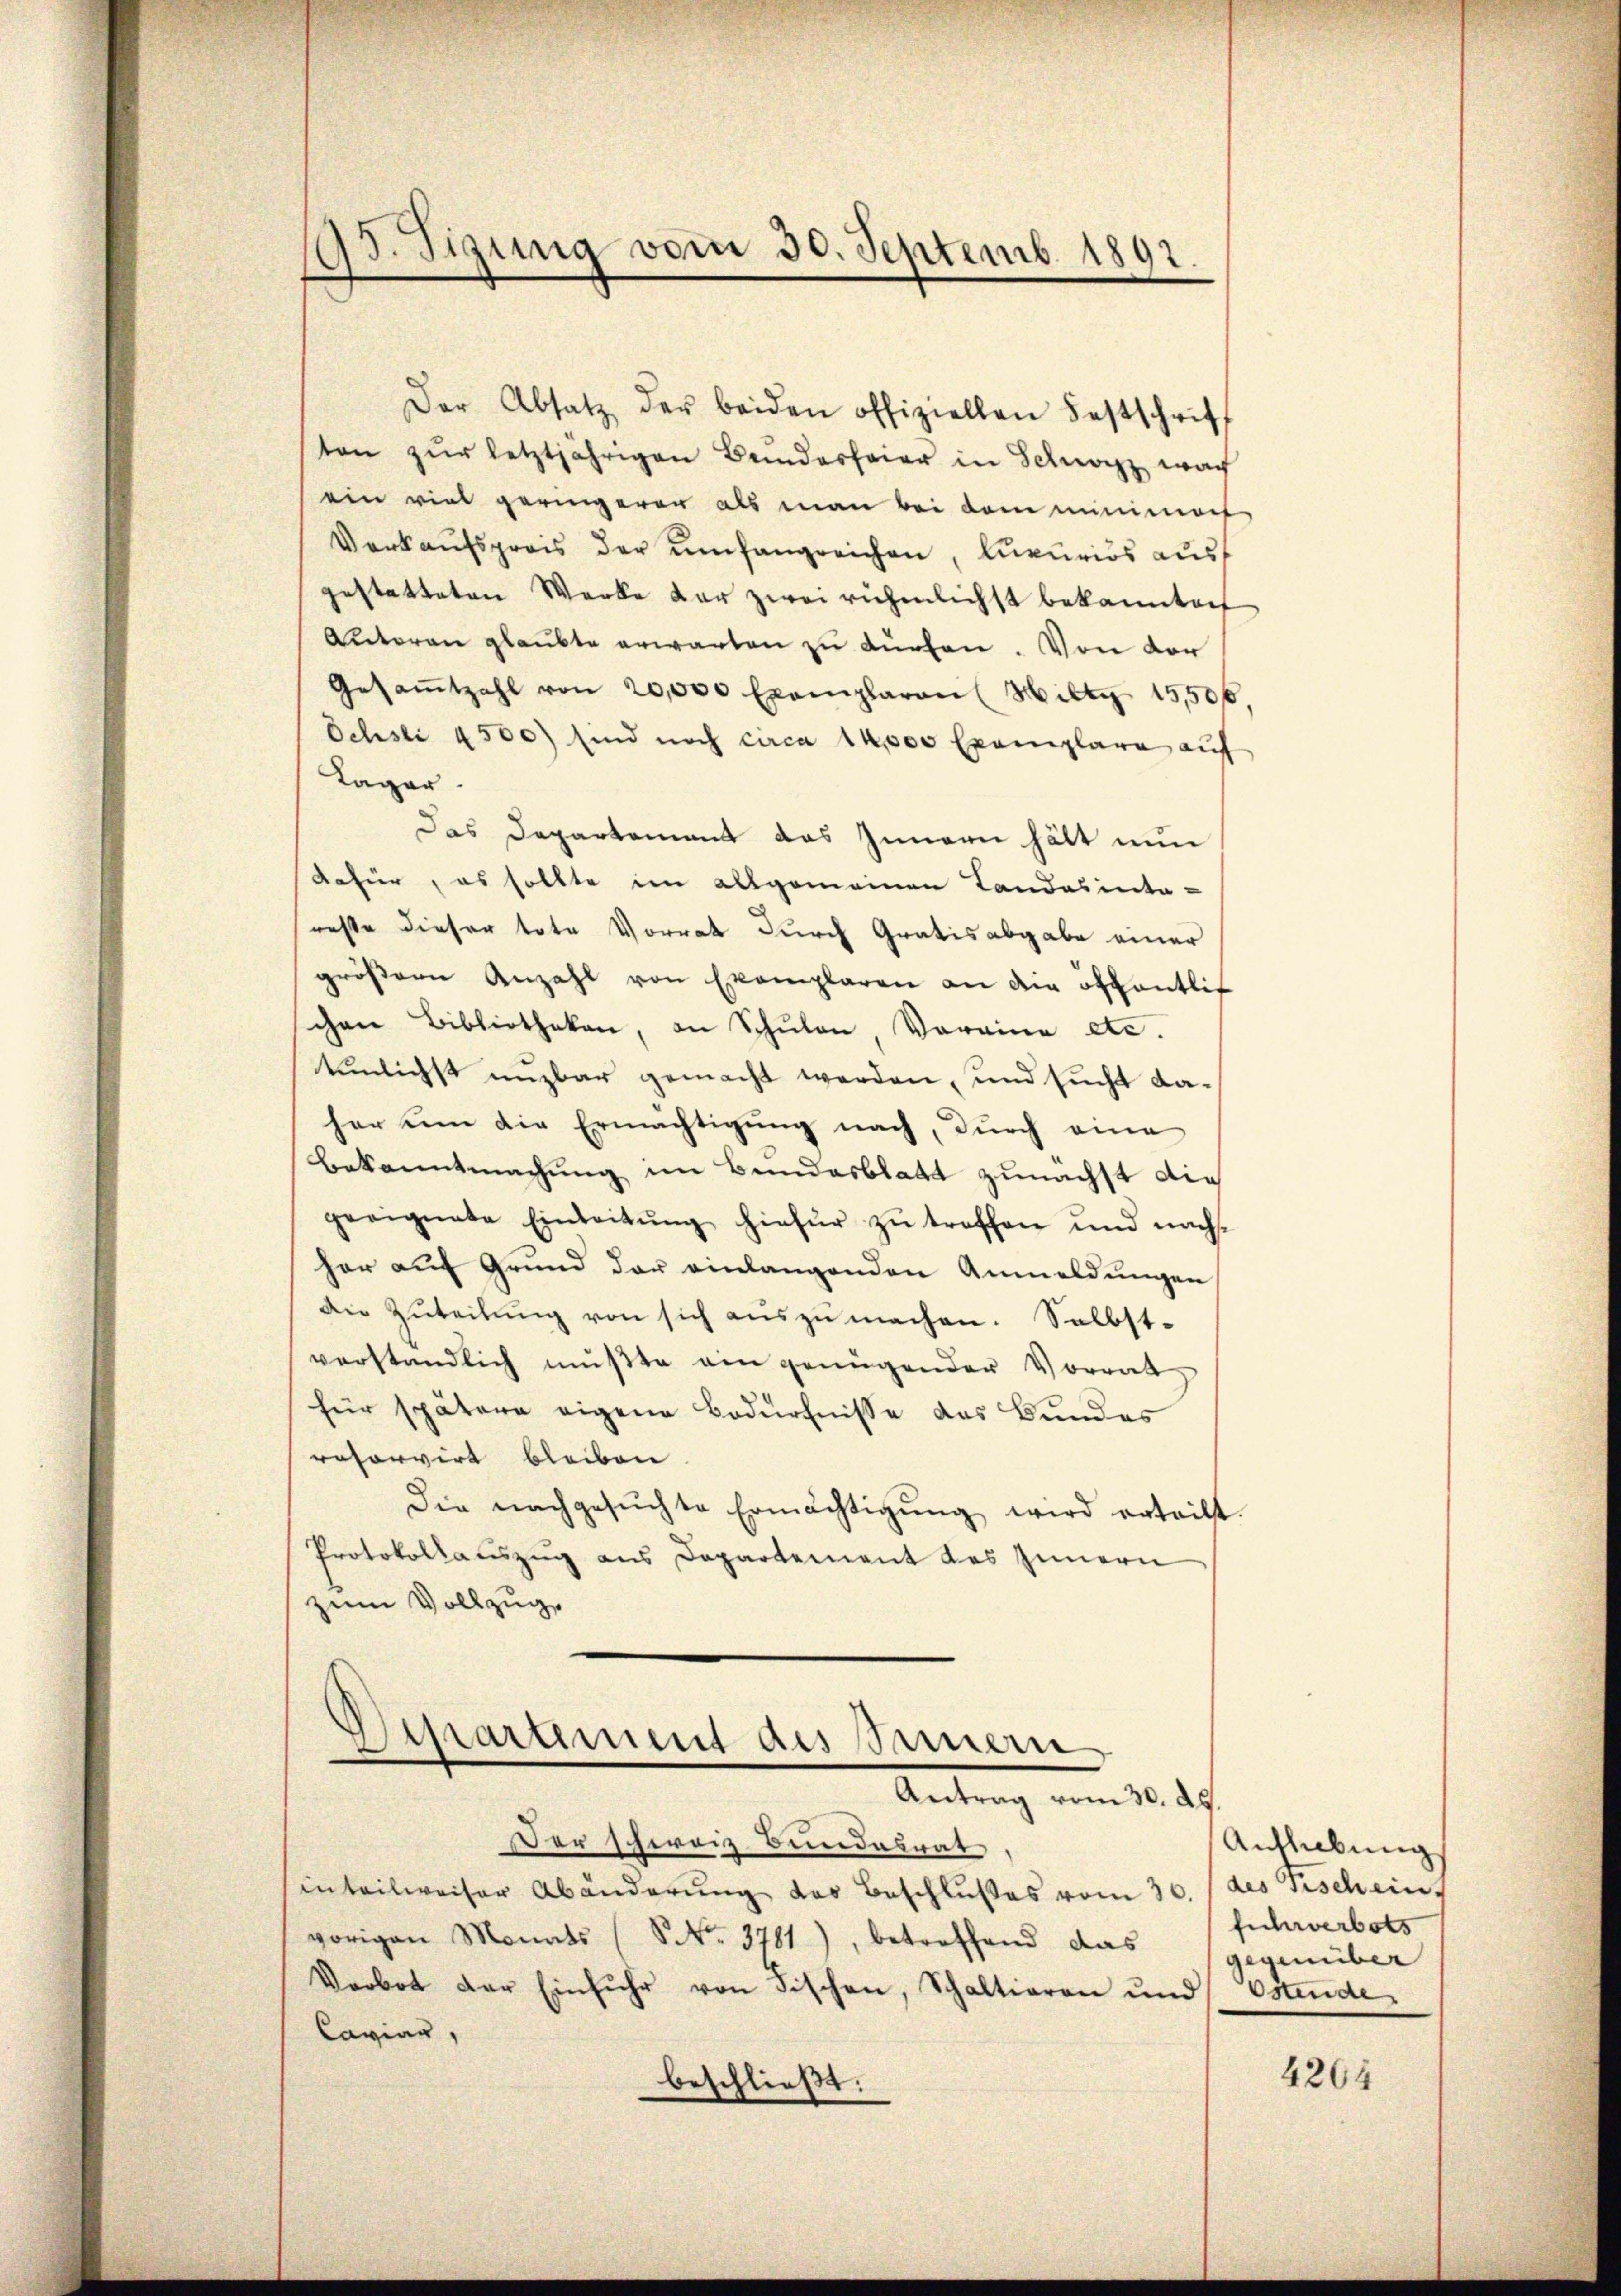
95. Tigung vom 30. Septemb. 1891.

Der Absatz der beiden offiziellen Festschrift
ten zŭr letztjährigen Beindesfeier in Schwarz wach
ein viel geringerer als man bei dem minimach
Verkaŭfspreis der umfangreichen, lupurios ausf
gestatteten Werke der zwei riehenlichst bekanntenf
Autoren glaubte erwarten zu dürfen. Von der
Gesaṁtzahl von 20,000 Exemplaren (Hilty 15,500.
Ochsli 4500) sind noch circa 14,000 Exemplare auf
Lager.
Das Departement das Innern hält nun
dafür, es sollte im allgemeinen Landasinta-
reste dieser tote Vorrat durch Gratis abgabe einer
gröβern Anzahl von Exemplaren an die öffentlic
chen Bibliotheken, an Schulen, Voraine etc.
tunlichst unzbar gemacht werden, und sucht daher um die Ermächtigung nach, durch eine
Bekanntmachung im Bundesblatt zunächst die
geeignete Einleitŭng hiefür zŭ treffen und nachs
her auf Grund der einlangenden Anmeldungen
die Zuteilŭng von sich auszumachen. Selbstverständlich mußte ein genügender Vorrat
für spätere eigene Bedürfnisse das Bundes
rohorvirt bleiben
Die nachgesŭchte Ermächtigŭng wird ertritt.
Protokollauszug aus Departement das Innern
zum Vollzug.

DDer schweiz. Bundesrat
inteilweiser Abänderung des Beschlußes vom 30. (des Tischein
vorigen Monats (SNNo. 3761), betreffend das gegenüber
Verbot der Einfuhr von Fischen, Schaltieren und Ostende
Caviar,
beschließt:

Dipartement des Innern
Antrag vom 30. 49.

Anhlebung
fuhrverbots

4264